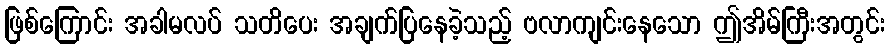
ဖြစ်ကြောင်း အခါမလပ် သတိပေး အချက်ပြနေခဲ့သည့် ဗလာကျင်းနေသော ဤအိမ်ကြီးအတွင်း